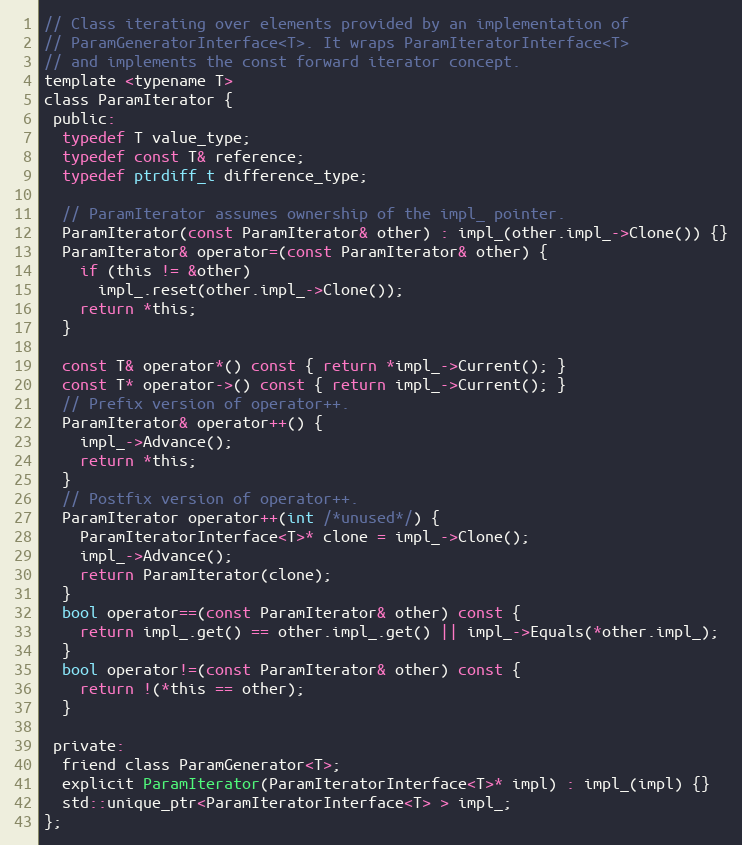
Language: C
// Class iterating over elements provided by an implementation of
// ParamGeneratorInterface<T>. It wraps ParamIteratorInterface<T>
// and implements the const forward iterator concept.
template <typename T>
class ParamIterator {
 public:
  typedef T value_type;
  typedef const T& reference;
  typedef ptrdiff_t difference_type;

  // ParamIterator assumes ownership of the impl_ pointer.
  ParamIterator(const ParamIterator& other) : impl_(other.impl_->Clone()) {}
  ParamIterator& operator=(const ParamIterator& other) {
    if (this != &other)
      impl_.reset(other.impl_->Clone());
    return *this;
  }

  const T& operator*() const { return *impl_->Current(); }
  const T* operator->() const { return impl_->Current(); }
  // Prefix version of operator++.
  ParamIterator& operator++() {
    impl_->Advance();
    return *this;
  }
  // Postfix version of operator++.
  ParamIterator operator++(int /*unused*/) {
    ParamIteratorInterface<T>* clone = impl_->Clone();
    impl_->Advance();
    return ParamIterator(clone);
  }
  bool operator==(const ParamIterator& other) const {
    return impl_.get() == other.impl_.get() || impl_->Equals(*other.impl_);
  }
  bool operator!=(const ParamIterator& other) const {
    return !(*this == other);
  }

 private:
  friend class ParamGenerator<T>;
  explicit ParamIterator(ParamIteratorInterface<T>* impl) : impl_(impl) {}
  std::unique_ptr<ParamIteratorInterface<T> > impl_;
};